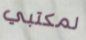
لمكتبي